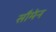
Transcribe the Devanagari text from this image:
सौमेन